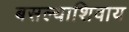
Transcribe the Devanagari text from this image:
बसल्याशिवाय